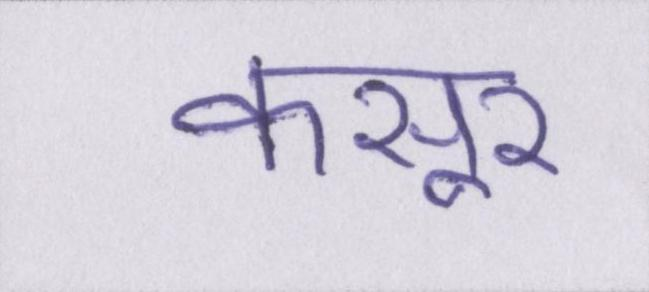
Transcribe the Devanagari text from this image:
कसूर